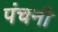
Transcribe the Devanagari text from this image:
पंचनी